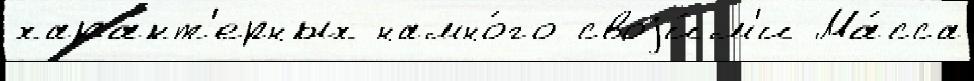
характ'ерных намно́го своjи́м'и Ма́сса